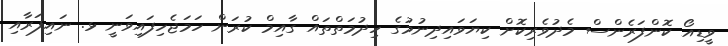
ވީޑިއޯ ކޮންފަރެންސް މެދުވެރިކޮށް ކިޔަވައިދިނުމުގެ ހިދުމަތްތައް ގާއިމް ކުރަން ހަމަޖެހިފައިވަނީ ޅ. ނައިފަރާއި